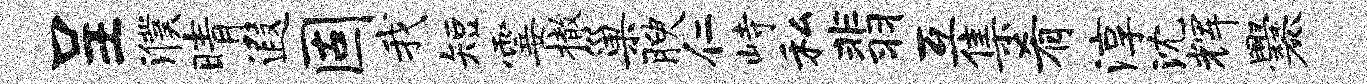
呈濮晴遐固我短霎撤巢腴仁峙私翡互集肴淳沈辉爨